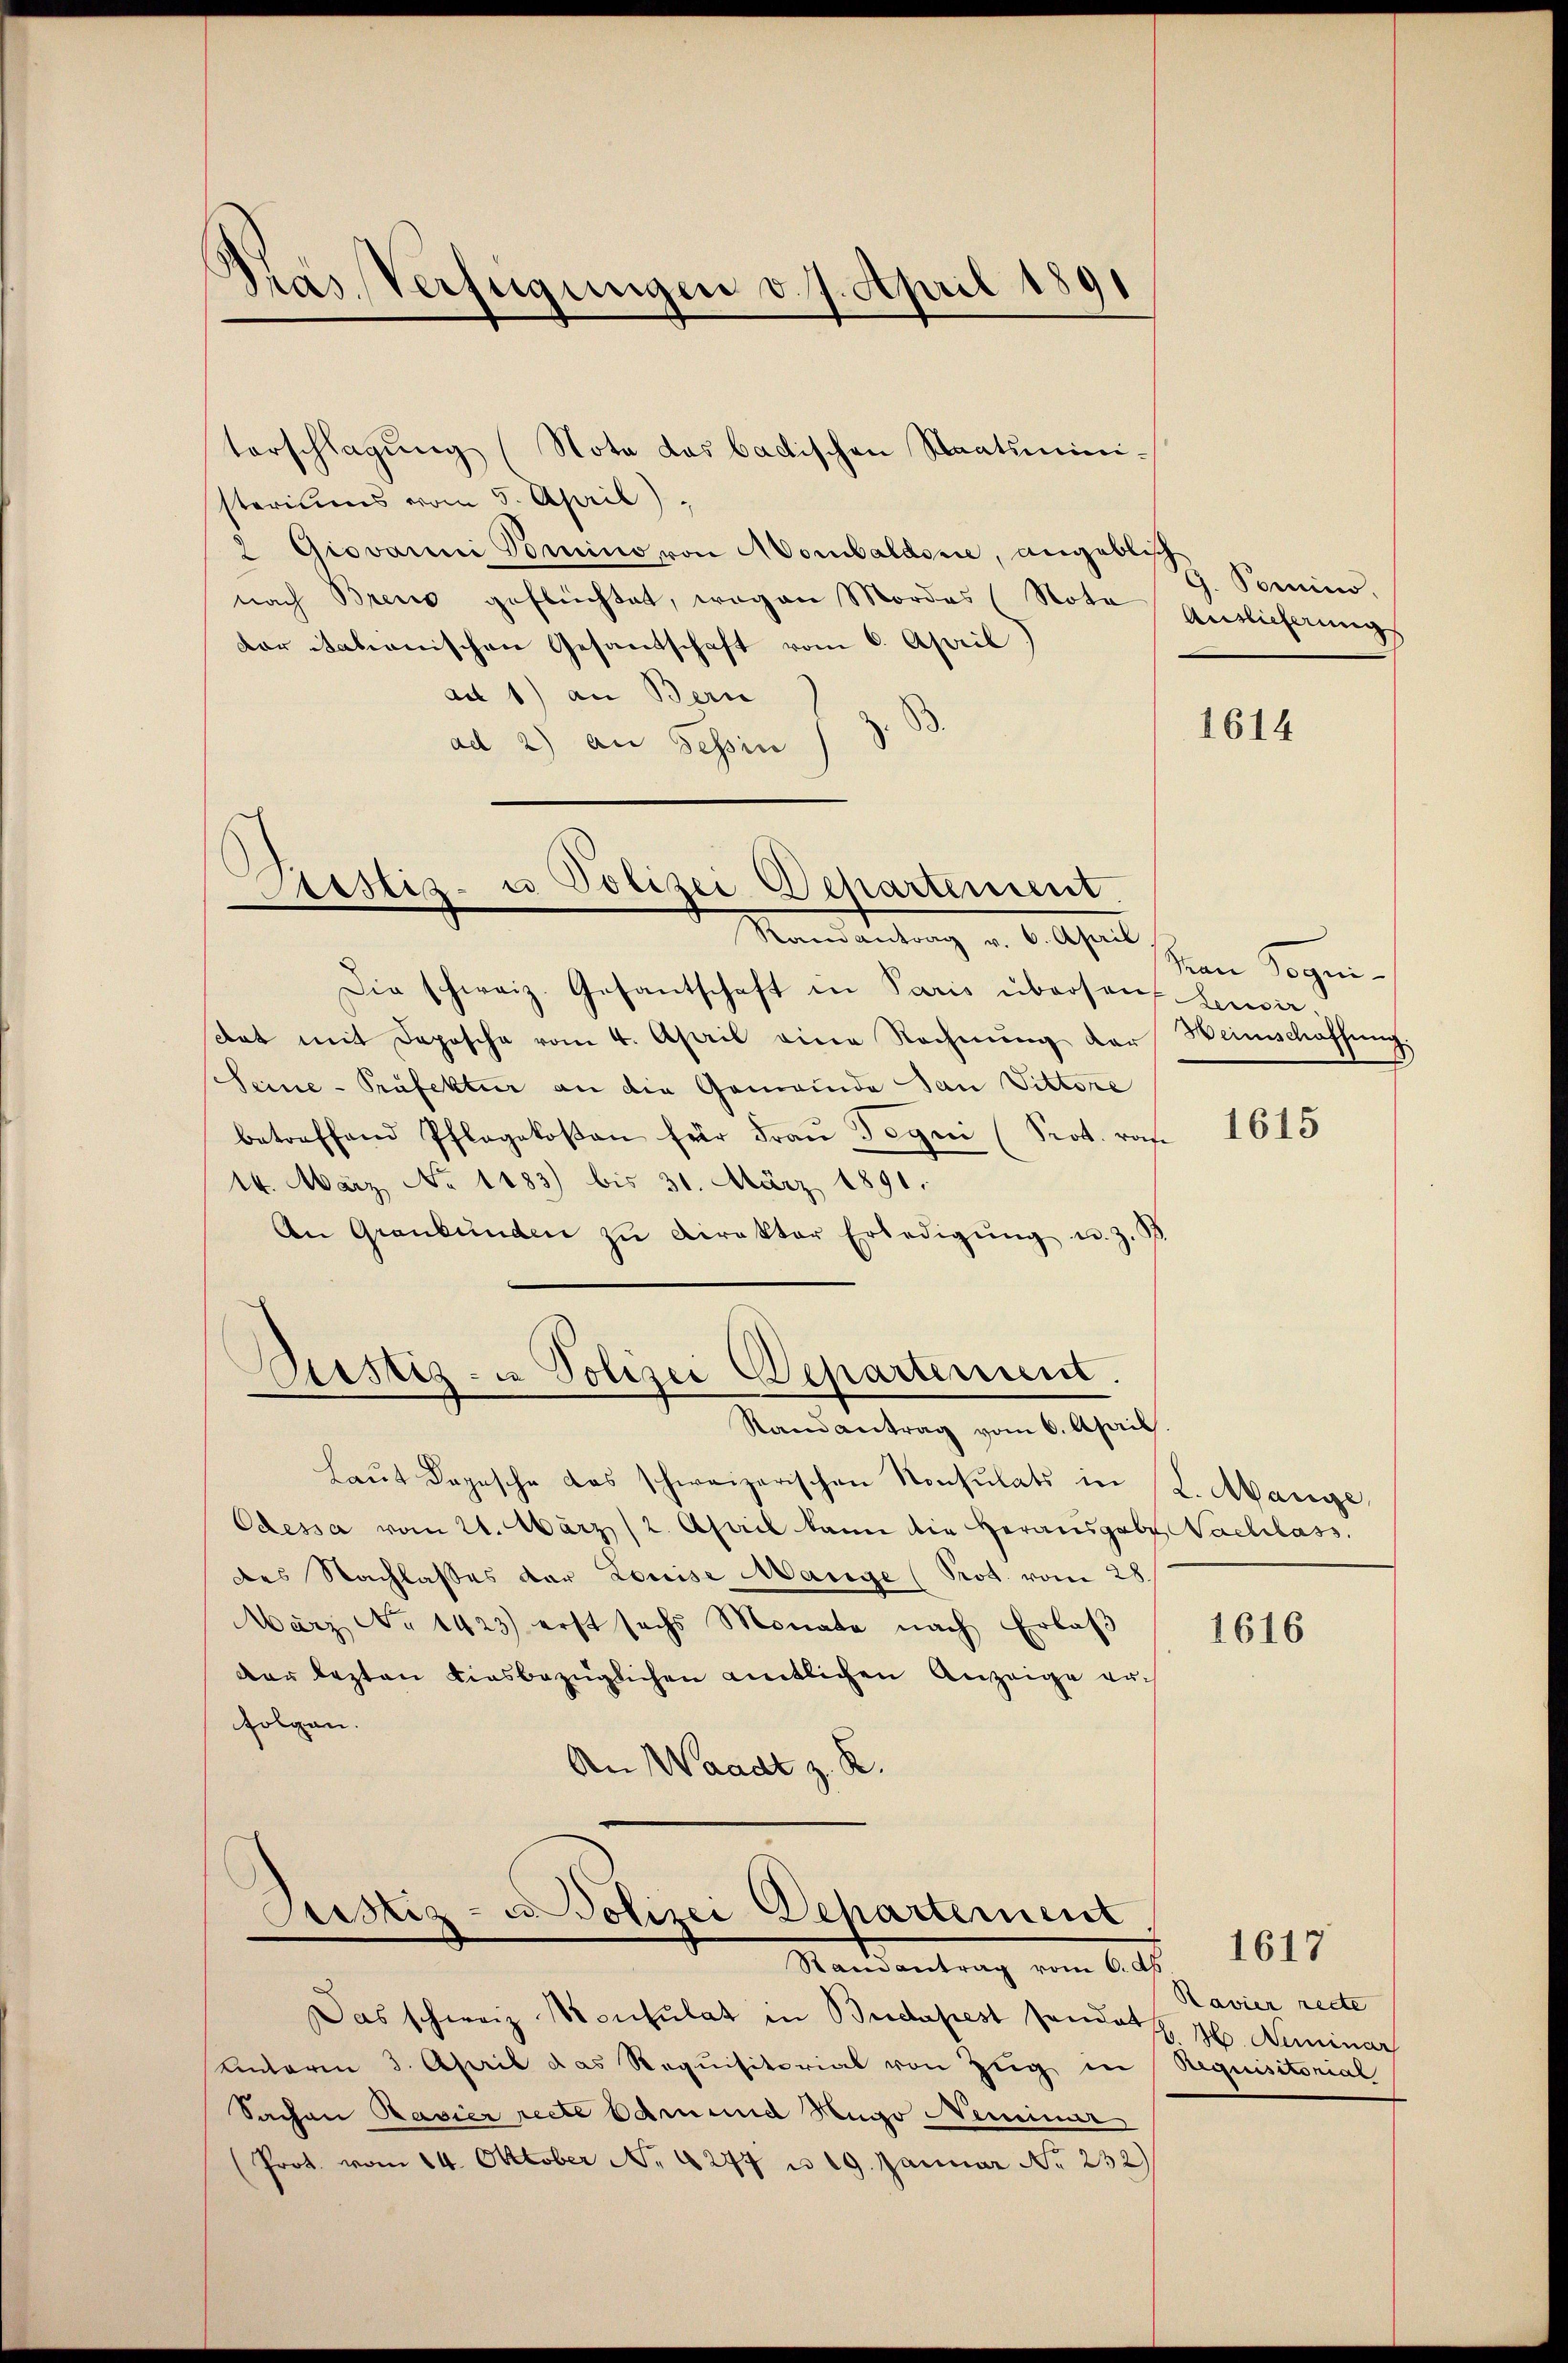
¬
Pras Verfügungen v. 7. April 1891

terschlagung (Nota das bactischen Staatsministeriums vom 5. April),
2 Giovanni Domino von Mombalder, angebe Senio.
nach Breis geflüchtet, wegen Mordes (Nota
der italienischen Gesandschaft vom 6. April)
ad 1) an Bern
.
ad 2) an Tessin

e
Justiz- u Polizei Departement.
Randantrag v. 6. April

Justiz- u Polizei Departement.
Samantrag vom 6. April.

Cristiz- u. Polizei Departement
Randantrag vom 6. dh

Die schweiz. Gesantschaft in Paris übersauf Leisaat mit Deposche vom 4. April eine Rechnŭng der Heinschaffŭng
Seine-Präfektur an die Gemeinde San Vittore
betreffend Pflegekosen für Fraŭ Tegni (Prot. raf
14. März, No 1183) bis 31. März 1891.
An Graubünden zŭ Direktor Erledigŭng u. z.

laŭt Depesche das schweizerischen Konsulats in L. Abange
Odessa vom 21. März (2. April kann die Herausgabe Nachlass
des Nachlasses der Louise Mange (Prot. vom 28.
März No 1423) erst sechs Monate nach Erlaβ
dar lezten diesbezüglichen amtlichen Anzeige erfolgen.
An Waadt z. B.

Das schweiz. Konsulat in Budapest sandat H. Aeminar
Ennderen 3. April das Requisitorial von Zug in Requisitorial
Sachen Ravier recte Edmund Hugo Neminar
(Prot. vom 14. Oktober N. 277 u. 19. Januar No. 232

Antlicherungs

1614

Nan Requi¬

1615

1616

Ravier recte

1617